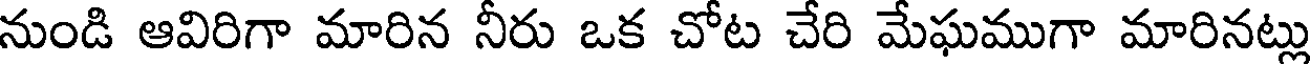
నుండి ఆవిరిగా మారిన నీరు ఒక చోట చేరి మేఘముగా మారినట్లు